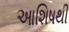
આશિષથી